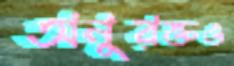
অনুরক্তও